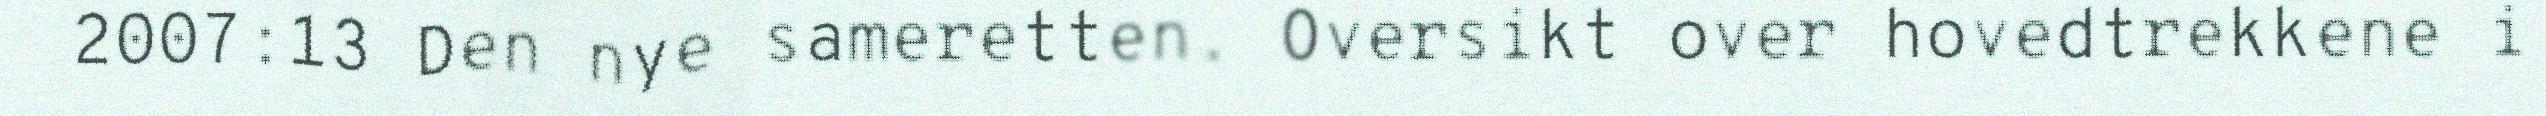
2007:13 Den nye sameretten. Oversikt over hovedtrekkene i